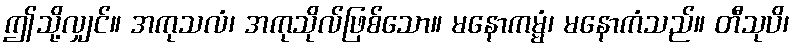
ဤသို့လျှင်။ အကုသလံ၊ အကုသိုလ်ဖြစ်သော။ မနောကမ္မံ၊ မနောကံသည်။ တီသုပိ၊